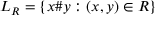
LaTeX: L _ { R } = \{ x \# y : ( x , y ) \in R \}